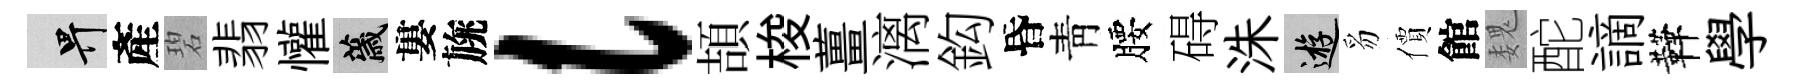
畀產碧翡懽薉婁旐l頡梭薑漓鈎昏靑腰碍洙游豸價館魏酡謫鞾學